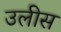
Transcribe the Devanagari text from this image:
उलीस